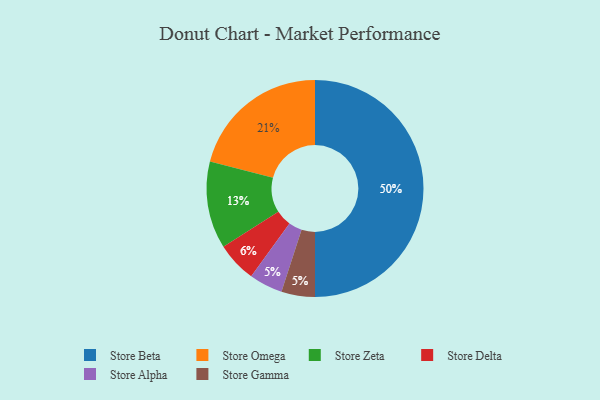
{"axis": {"x": "Category", "y": "Percentage"}, "legend": ["Store Alpha", "Store Beta", "Store Delta", "Store Gamma", "Store Omega", "Store Zeta"], "data": [{"x": "Store Omega", "y": 21, "type": "Store Omega"}, {"x": "Store Delta", "y": 6, "type": "Store Delta"}, {"x": "Store Zeta", "y": 13, "type": "Store Zeta"}, {"x": "Store Alpha", "y": 5, "type": "Store Alpha"}, {"x": "Store Gamma", "y": 5, "type": "Store Gamma"}, {"x": "Store Beta", "y": 50, "type": "Store Beta"}]}